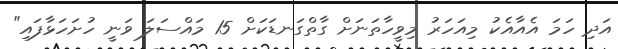
އަދި ހަމަ އެއާއެކު މިއަހަރު މިވީހާތަނަށް ގާތްގަނޑަކަށް 15 މައްސަލަ ވަނީ ހުށަހަޅާފައި"